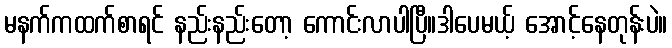
မနက်ကထက်စာရင် နည်းနည်းတော့ ကောင်းလာပါပြီ။ဒါပေမယ့် အောင့်နေတုန်းပဲ။